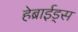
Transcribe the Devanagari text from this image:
हेब्राईड्स